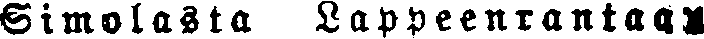
Simolasta Lappeenrantaan